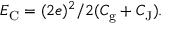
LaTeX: E _ { \mathrm { { C } } } = ( 2 e ) ^ { 2 } / 2 ( C _ { \mathrm { { g } } } + C _ { \mathrm { { J } } } ) .